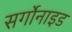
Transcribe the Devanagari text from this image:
सर्गोनाइड